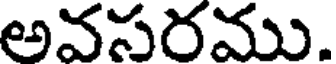
అవసరము.